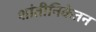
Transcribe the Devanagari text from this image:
शांतीनिकेतन